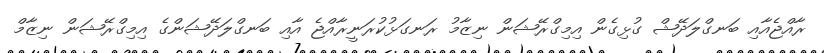
ރާއްޖެއާއި ބަނގްލަދޭޝް ގުޅިގެން އިމިގްރޭޝަން ނިޒާމު ރަނގަޅުކުރަނީރާއްޖެ އާއި ބަނގްލަދޭޝަންގެ އިމިގްރޭޝަން ނިޒާމް